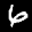
Label: 6